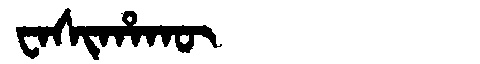
Manchu: ᠸᠠᠰᡳᡥᠠᡴᡡ
Romanization: WASIHAKŪ